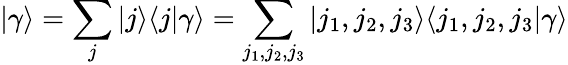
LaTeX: |\gamma\rangle=\sum_{j}|j\rangle\langle j|\gamma\rangle=\sum_{j_{1},j_{2},j_{3}}|j_{1},j_{2},j_{3}\rangle\langle j_{1},j_{2},j_{3}|\gamma\rangle